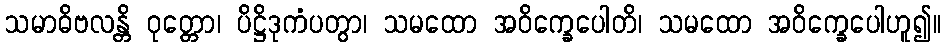
သမာဓိဗလန္တိ ဝုတ္တော၊ ပိဋ္ဌိဒုကံပတွာ၊ သမထော အဝိက္ခေပေါတိ၊ သမထော အဝိက္ခေပေါဟူ၍။